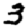
Digit: 3